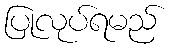
ပြုလုပ်ရမည်